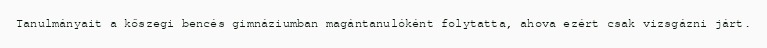
Tanulmányait a kőszegi bencés gimnáziumban magántanulóként folytatta, ahova ezért csak vizsgázni járt.